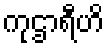
ကုဌာရီဟိ